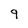
Character: 9